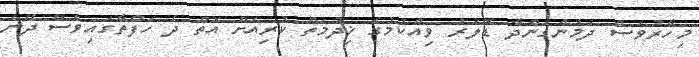
މިހާރުވެސް ދެމުންގެންދާ ޑޮލަރު ވިއްކުމުގެ ޚިދުމަތް ކުރިއަށް އޮތް ދެ ހަފްތާގައިވެސް ދޭނެ